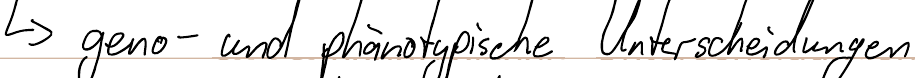
-> geno- und phänotypische Unterscheidungen